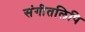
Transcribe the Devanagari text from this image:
संगीतलिपि